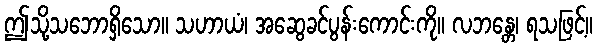
ဤသို့သဘောရှိသော။ သဟာယံ၊ အဆွေခင်ပွန်းကောင်းကို။ လဘန္တေ၊ ရသဖြင့်။